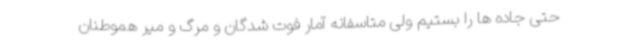
حتی جاده ها را بستیم ولی متاسفانه آمار فوت شدگان و مرگ و میر هموطنان